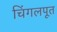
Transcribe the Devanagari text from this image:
चिंगलपूत